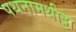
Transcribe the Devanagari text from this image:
पथनामथीट्टा